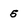
Character: 5